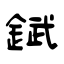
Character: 錻